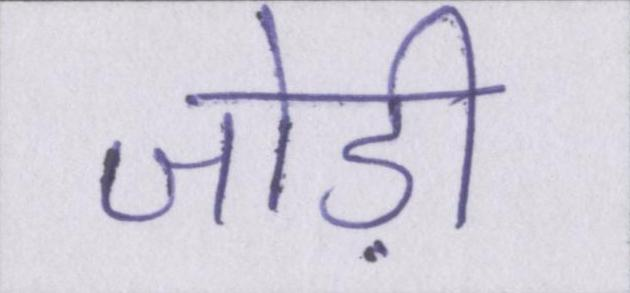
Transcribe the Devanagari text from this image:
जोड़ी